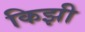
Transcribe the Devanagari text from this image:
किझी